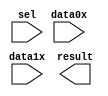
module mux_y (
	data0x,
	data1x,
	sel,
	result);

	input	[9:0]  data0x;
	input	[9:0]  data1x;
	input	  sel;
	output	[9:0]  result;

endmodule